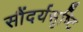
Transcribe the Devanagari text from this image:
सौंदर्यसृष्टि